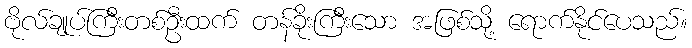
ဗိုလ်ချုပ်ကြီးတစ်ဦးထက် တန်ခိုးကြီးသော အဖြစ်သို့ ရောက်နိုင်ပေသည်။